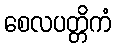
စေလပတ္တိကံ